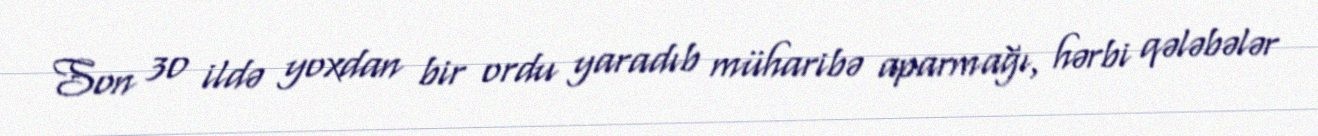
Son 30 ildə yoxdan bir ordu yaradıb müharibə aparmağı, hərbi qələbələr